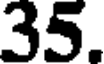
35.